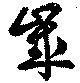
歳